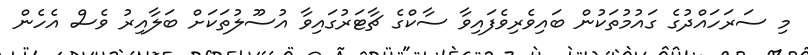
މި ސަރަހައްދުގެ ގައުމުތަކުން ބައިވެރިވެފައިވާ ސާކްގެ ޗާޓަރުގައިވާ އުސޫލުތަކަށް ބަލާއިރު ވެސް އެހެން